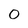
Character: 0